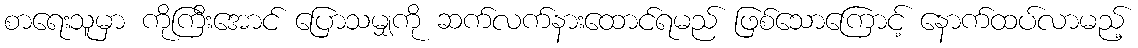
စာရေးသူမှာ ကိုကြီးအောင် ပြောသမျှကို ဆက်လက်နားထောင်ရမည် ဖြစ်သောကြောင့် နောက်ထပ်လာမည့်